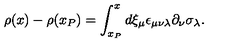
\rho ( x ) - \rho ( x _ { P } ) = \int _ { x _ { P } } ^ { x } d \xi _ { \mu } \epsilon _ { \mu \nu \lambda } \partial _ { \nu } \sigma _ { \lambda } .